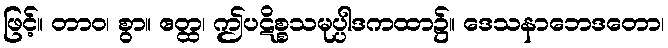
ဖြင့်။ တာဝ၊ စွာ။ ဧတ္ထ၊ ဤပဋိစ္စသမုပ္ပါဒကထာ၌။ ဒေသနာဘေဒတော၊